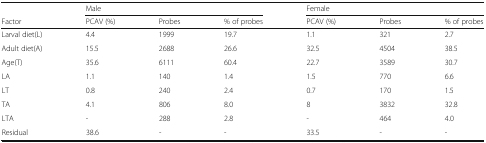
|  | <COLSPAN=3> Male | <COLSPAN=3> Female |
 | Factor | PCAV (%) | Probes | % of probes | PCAV (%) | Probes | % of probes |
 | --- | --- | --- | --- | --- | --- | --- |
 | Larval diet(L) | 4.4 | 1999 | 19.7 | 1.1 | 321 | 2.7 |
 | Adult diet(A) | 15.5 | 2688 | 26.6 | 32.5 | 4504 | 38.5 |
 | Age(T) | 35.6 | 6111 | 60.4 | 22.7 | 3589 | 30.7 |
 | LA | 1.1 | 140 | 1.4 | 1.5 | 770 | 6.6 |
 | LT | 0.8 | 240 | 2.4 | 0.7 | 170 | 1.5 |
 | TA | 4.1 | 806 | 8.0 | 8 | 3832 | 32.8 |
 | LTA | - | 288 | 2.8 | - | 464 | 4.0 |
 | Residual | 38.6 | - | - | 33.5 | - | - |